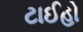
ટાઈહો